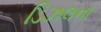
ડિઝલના